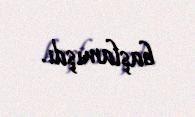
başlamışdı.